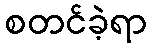
စတင်ခဲ့ရာ